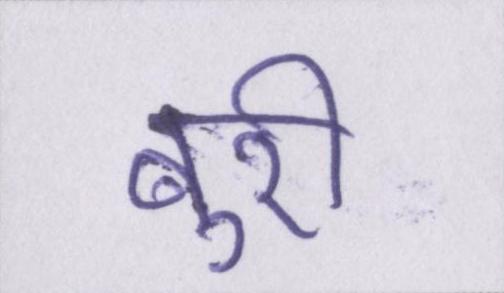
बुरी